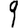
Digit: 9